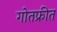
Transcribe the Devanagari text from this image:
गोतफ्रीत